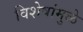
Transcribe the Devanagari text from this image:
विशेषांमुळे